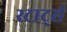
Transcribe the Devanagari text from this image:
स्टार्ट्स